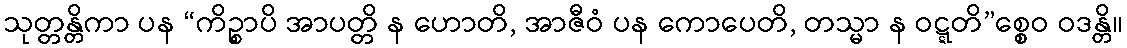
သုတ္တန္တိကာ ပန “ကိဉ္စာပိ အာပတ္တိ န ဟောတိ, အာဇီဝံ ပန ကောပေတိ, တသ္မာ န ဝဋ္ဋတိ”စ္စေဝ ဝဒန္တိ။